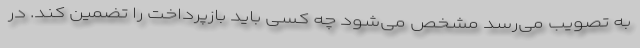
به تصویب می‌رسد مشخص می‌شود چه کسی باید بازپرداخت را تضمین کند. در